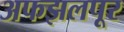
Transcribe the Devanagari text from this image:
अफझलपूर